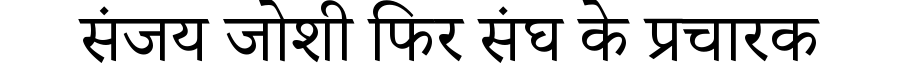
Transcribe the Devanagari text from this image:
संजय जोशी फिर संघ के प्रचारक